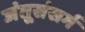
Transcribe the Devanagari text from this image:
जंतूसंसर्ग